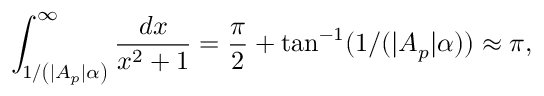
\int _ { 1 / \left( | A _ { p } | \alpha \right) } ^ { \infty } \frac { d x } { x ^ { 2 } + 1 } = \frac { \pi } { 2 } + \tan ^ { - 1 } ( 1 / ( | A _ { p } | \alpha ) ) \approx \pi ,